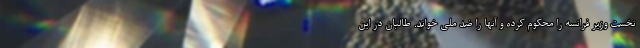
نخست وزیر فرانسه را محکوم کرده و آنها را ضد ملی خواند. طالبان در این